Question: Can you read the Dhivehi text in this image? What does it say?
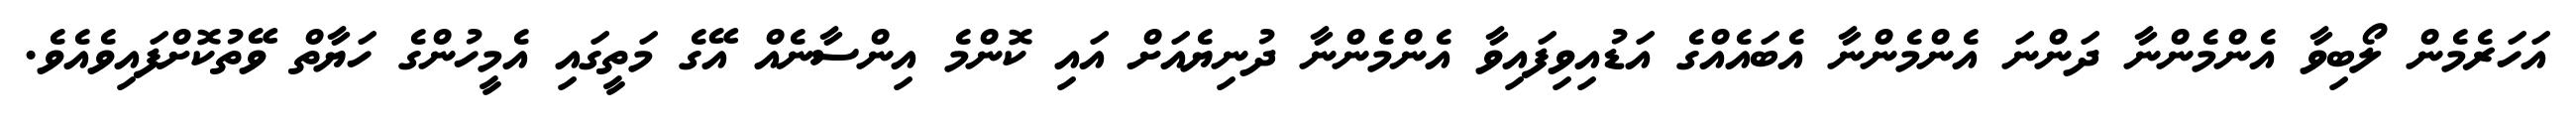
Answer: އަހަރެމެން ލޯބިވާ އެންމެންނާ ދަންނަ އެންމެންނާ އެބައެއްގެ އަޑުއިވިފައިވާ އެންމެންނާ ދުނިޔެއަށް އައި ކޮންމެ އިންސާނެއް އޭގެ މަތީގައި އެމީހުންގެ ހަޔާތް ވޭތުކޮށްފައިވެއެވެ.